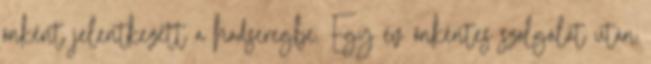
önként jelentkezett a hadseregbe. Egy év önkéntes szolgálat után